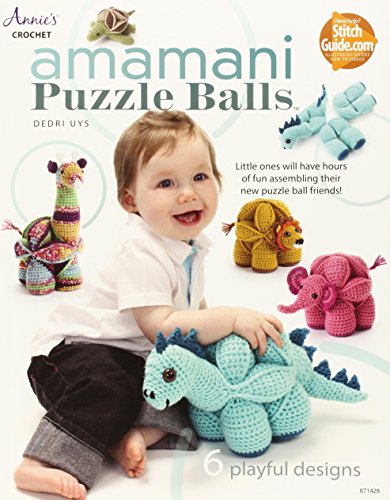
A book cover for Amamani Puzzle Balls (Annie's Crochet); Dedri Uys; Crafts, Hobbies & Home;